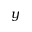
y